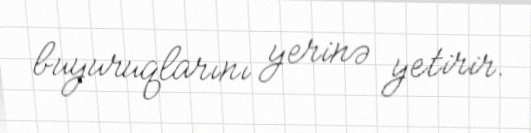
buyuruqlarını yerinə yetirir.